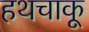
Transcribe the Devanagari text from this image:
हथचाकू